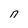
Character: n